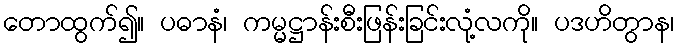
တောထွက်၍။ ပဓာနံ၊ ကမ္မဋ္ဌာန်းစီးဖြန်းခြင်းလုံ့လကို။ ပဒဟိတွာန၊